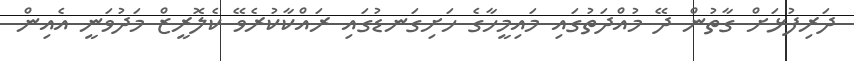
ދަރިފުޅަށް ގާތުން ދޭ މުއްދަތުގައި މައިމީހާގެ ހަށިގަނޑުގައި ރައްކާކުރެވޭ ކެލޮރީޒް މަދުވަނީ އެއިން